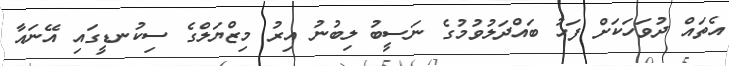
އެތައް ދުވަހަކަށް ފަހު ބައްދަލުވުމުގެ ނަސީބު ލިބުނު އިރު މިޒްޔަލްގެ ސިކުނޑީގައި އޭނައާ